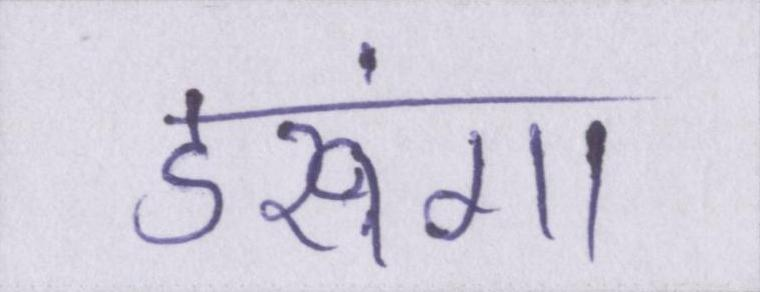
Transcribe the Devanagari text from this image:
डरूंगा